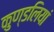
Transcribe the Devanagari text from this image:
कुण्‍डलियां